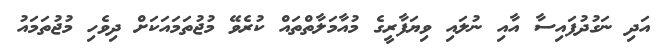
އަދި ނަގުދުފައިސާ އާއި ނުލައި ވިޔަފާރީގެ މުއާމަލާތްތައް ކުރެވޭ މުޖުތަމައަކަށް ދިވެހި މުޖުތަމައު